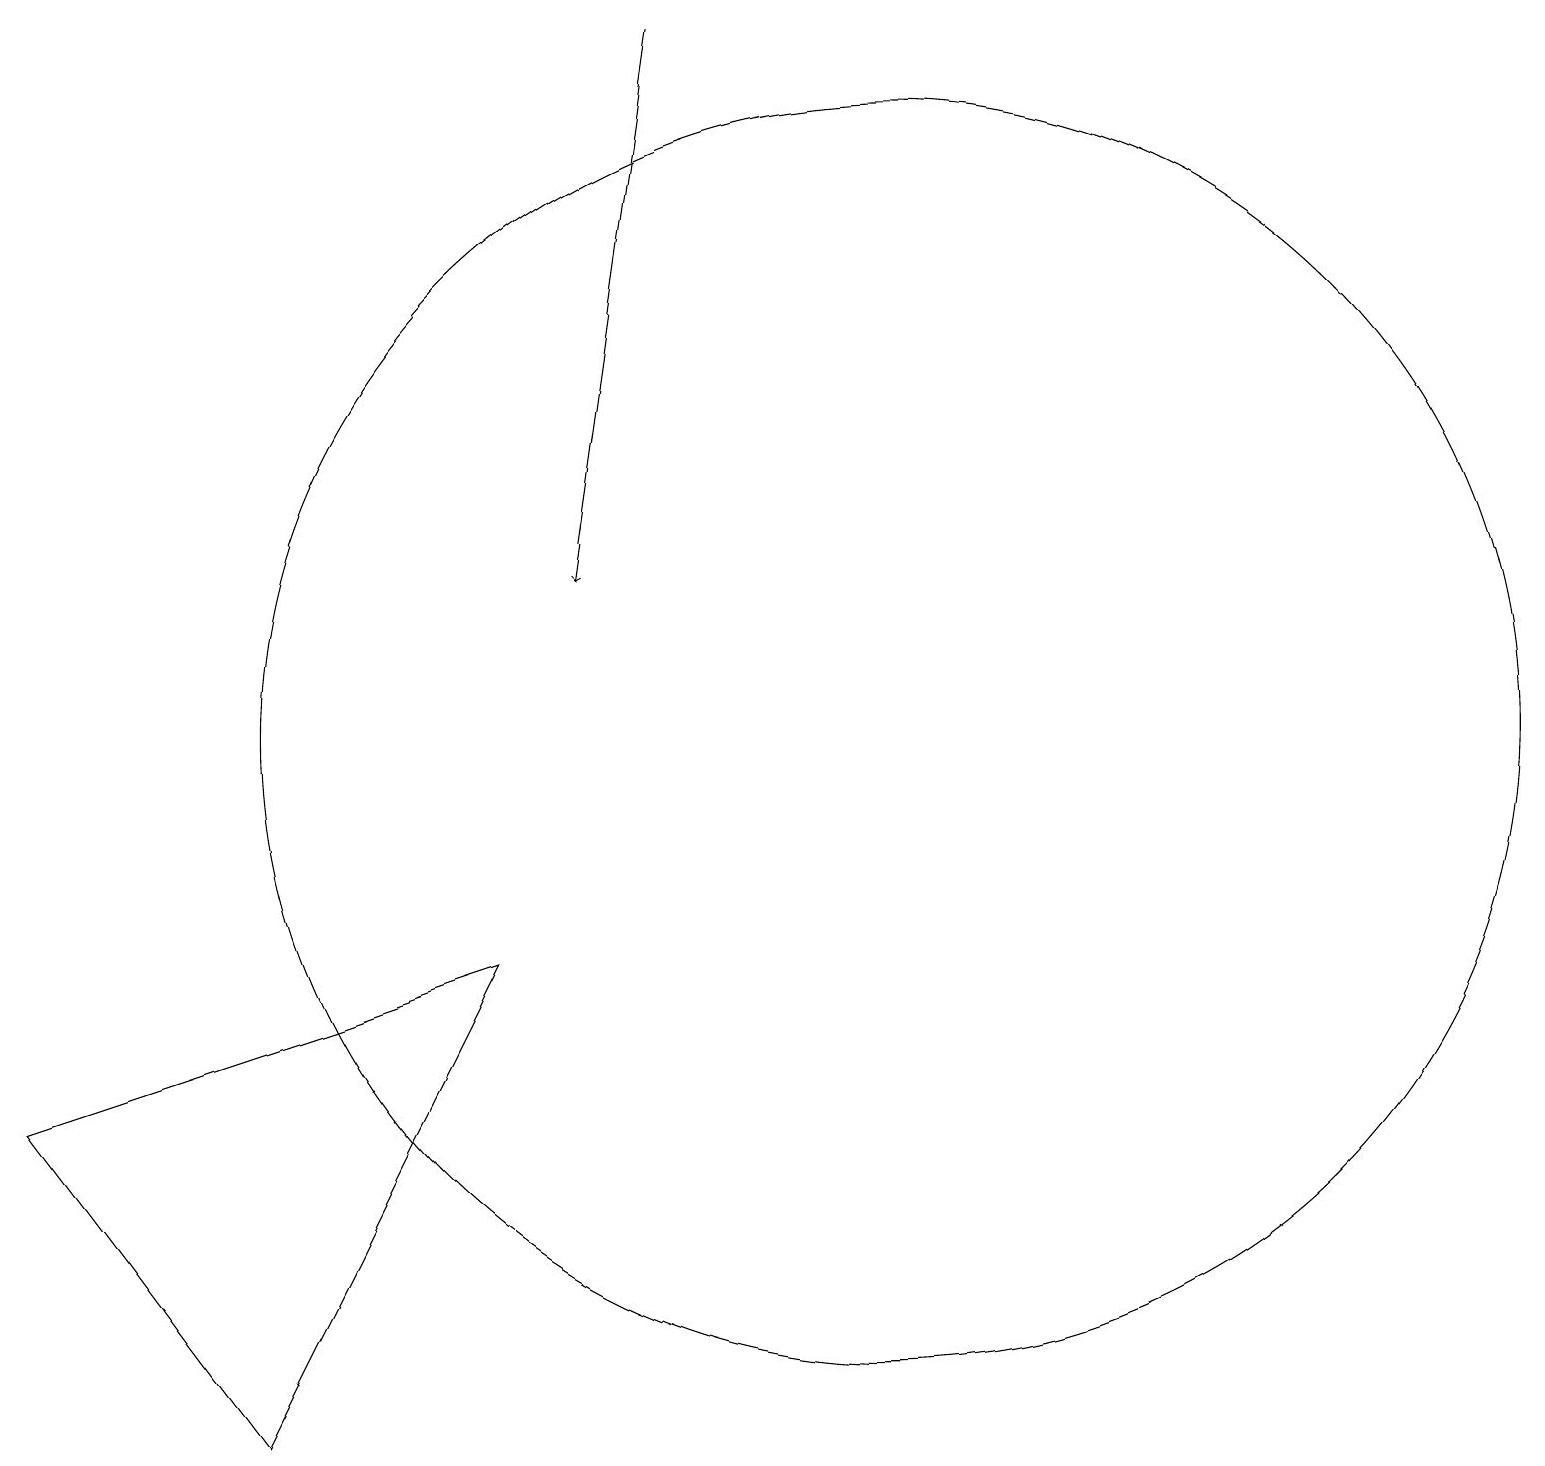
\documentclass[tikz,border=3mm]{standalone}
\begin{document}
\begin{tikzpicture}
\draw[->] (9,19) -- (8,12);
\draw (7,7) -- (4,1) -- (1,5) -- cycle;
\draw (12,10) circle (8);
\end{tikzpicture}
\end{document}